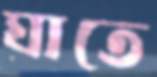
ঘাতে